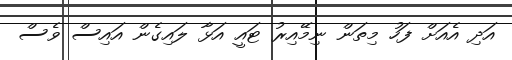
އަދި އެއަށް ފަހު މިތަން ނިމޭއިރު ޓައީ އަޅާ ލައިގެން އައިސް ވެސް